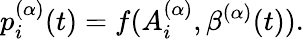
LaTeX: p_{i}^{(\alpha)}(t)=f(A_{i}^{(\alpha)},\beta^{(\alpha)}(t)).